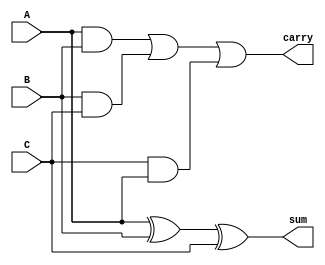
`timescale 1ns/1ns

module fullAdder(A, B, C, sum, carry);

    input A,B,C;
    output sum, carry;

    xor(sum, A, B, C);
    and(t1, A, B);
    and(t2, B, C);
    and(t3, C, A);
    or(carry, t1, t2, t3);

endmodule

module Adder16Bit(A, B, sum, carry);

    input [15:0] A, B;
    output [15:0] sum;
    output carry;

    wire [16:0] carry_forward;
    buf(carry_forward[0], 1'b0);
    fullAdder f[15:0] (A[15:0], B[15:0], carry_forward[15:0], sum[15:0], carry_forward[16:1]);
    buf(carry, carry_forward[16]);

endmodule

module Complement8Bit (A, M, B);

    input  [7:0] A;
    input M;
    output [7:0] B;

    wire [7:0] temp, second;
    wire [8:0] carry_forward;
    
    buf b[7:0] (second, 8'b0);
    buf (carry_forward[0], M);

    xor x[7:0] (temp[7:0], A[7:0], M);
    fullAdder f[7:0] (temp, second, carry_forward[7:0], B, carry_forward[8:1]);

endmodule

module Complement16Bit (A, M, B);

    input  [15:0] A;
    input M;
    output [15:0] B;

    wire [15:0] temp, second;
    wire [16:0] carry_forward;
    
    buf b[15:0] (second, 16'b0);
    buf (carry_forward[0], M);

    xor x[15:0] (temp[15:0], A[15:0], M);
    fullAdder f[15:0] (temp, second, carry_forward[15:0], B, carry_forward[16:1]);

endmodule

module Multiplier8Bit_Unsigned(A, B, P, O);

    input [7:0] A;
    input [7:0] B;
    output [15:0] P;
    output O;

    // Adding additional zeroes to the start of A & B
    wire [15:0] Ashifted, Bshifted;
    buf b1[7:0] (Ashifted[15:8], 8'b0);
    buf b2[7:0] (Bshifted[15:8], 8'b0);
    buf b3[7:0] (Ashifted[7:0], A[7:0]);
    buf b4[7:0] (Bshifted[7:0], B[7:0]);

    /*
        Computing Partial Products
    */

    //Intiializing all partial products
    wire [15:0] PP0, PP1, PP2, PP3, PP4, PP5, PP6, PP7;
        
    //Calculating the actual partial product && filling remaining places with zeroes
    and a0[7:0] (PP0[7:0], Ashifted[7:0], Bshifted[0]);
    buf b5[15:8] (PP0[15:8], 8'b0);

    and a1[7:0] (PP1[8:1], Ashifted[7:0], Bshifted[1]);
    buf b6[15:9] (PP1[15:9], 7'b0);
    buf (PP1[0], 1'b0);

    and a2[7:0] (PP2[9:2], Ashifted[7:0], Bshifted[2]);
    buf b7[15:10] (PP2[15:10], 6'b0);
    buf b8[1:0] (PP2[1:0], 2'b0);

    and a3[7:0] (PP3[10:3], Ashifted[7:0], Bshifted[3]);
    buf b9[15:11] (PP3[15:11], 5'b0);
    buf b10[2:0] (PP3[2:0], 3'b0);

    and a4[7:0] (PP4[11:4], Ashifted[7:0], Bshifted[4]);
    buf b11[15:12] (PP4[15:12], 4'b0);
    buf b12[3:0] (PP4[3:0], 4'b0);

    and a5[7:0] (PP5[12:5], Ashifted[7:0], Bshifted[5]);
    buf b13[15:13] (PP5[15:13], 3'b0);
    buf b14[4:0] (PP5[4:0], 5'b0);

    and a6[7:0] (PP6[13:6], Ashifted[7:0], Bshifted[6]);
    buf b15[15:14] (PP6[15:14], 2'b0);
    buf b16[5:0] (PP6[5:0], 6'b0);

    and a7[7:0] (PP7[14:7], Ashifted[7:0], Bshifted[7]);
    buf (PP7[15], 1'b0);
    buf b17[6:0] (PP7[6:0], 7'b0);

    // Declaring all the temporary sums & carries
    wire[15:0] S10, C10, S11, C11, S20, C20, S21, C21, S30, C30, S40, C40;

    // Initializing parts of them to zero
    buf b18[15:10] (S10[15:10], 6'b0);
    buf b19[15:11] (C10[15:11], 5'b0);
    buf (C10[0], 1'b0);

    buf b20[15:13] (S11[15:13], 3'b0);
    buf b21[15:14] (C11[15:14], 2'b0);
    buf (C11[0], 1'b0);

    buf b22[15:13] (S20[15:13], 3'b0);
    buf b23[15:14] (C20[15:14], 2'b0);
    buf (C20[0], 1'b0);

    buf (S21[15], 1'b0);
    buf (C21[0], 1'b0);

    buf (S30[15], 1'b0);
    buf (C30[0], 1'b0);

    buf (S40[15], 1'b0);
    buf (C40[0], 1'b0);

    /*
        First Level
    */

    // First Reducer
    fullAdder f1[9:0] (PP0[9:0], PP1[9:0], PP2[9:0], S10[9:0], C10[10:1]);

    // Second Reducer
    fullAdder f2[12:0] (PP3[12:0], PP4[12:0], PP5[12:0], S11[12:0], C11[13:1]);

    /*
        Second Level
    */

    // First Reducer
    fullAdder f3[12:0] (S10[12:0], C10[12:0], C11[12:0], S20[12:0], C20[13:1]);

    // Second Reducer
    fullAdder f4[14:0] (S11[14:0], PP6[14:0], PP7[14:0], S21[14:0], C21[15:1]);

    /*
        Third Level
    */

    //First Reducer
    fullAdder f5[14:0] (C20[14:0], S20[14:0], C21[14:0], S30[14:0], C30[15:1]);

    /* 
        Fourth Level
    */

    // First Reducer
    fullAdder f6[14:0] (C30[14:0], S30[14:0], S21[14:0], S40[14:0], C40[15:1]);

    /*
        Final Addition using 16 Bit Adder
    */

    Adder16Bit a(S40[15:0], C40[15:0], P[15:0], temp);

    // Computing the overflow flag
    or (O, P[15], P[14], P[13], P[12], P[11], P[10], P[9], P[8]);

endmodule

module Multiplier8Bit_Signed(A, B, P, O);

    input [7:0] A, B;
    output [7:0] P;
    output O;

    wire [7:0] Bcomplement, Acomplement;
    wire oldSignedA, oldSignedB;
    buf (oldSignedA, A[7]);
    buf (oldSignedB, B[7]);

    Complement8Bit c1 (A, oldSignedA, Acomplement);
    Complement8Bit c2 (B, oldSignedB, Bcomplement);

    wire [15:0] tempP, finalP, notfinalP;
    Multiplier8Bit_Unsigned m(Acomplement, Bcomplement, tempP, OO);
    wire xorSign;
    xor (xorSign, oldSignedA, oldSignedB);
    Complement16Bit c3 (tempP, xorSign, finalP);
    buf b[7:0] (P, finalP[7:0]);
    
    // Computing the Overflow flag
    xor (overflow1, oldSignedA, oldSignedB);
    xnor (overflow2, oldSignedA, oldSignedB);
    or (tempo1, finalP[15], finalP[14], finalP[13], finalP[12], finalP[11], finalP[10], finalP[9], finalP[8]);
    not n[15:0] (notfinalP, finalP);
    or (tempo2, notfinalP[15], notfinalP[14], notfinalP[13], notfinalP[12], notfinalP[11], notfinalP[10], notfinalP[9], notfinalP[8]);
    and (overflow3, overflow2, tempo1);
    and (overflow4, overflow1, tempo2);
    or (O, overflow3, overflow4);
    
endmodule